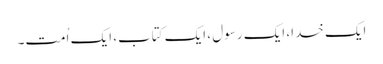
ایک خدا، ایک رسول ، ایک کتاب، ایک اُمت۔